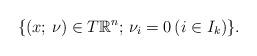
LaTeX: \begin{align*}\{(x;\,\nu) \in T\mathbb{R}^n;\, \nu_i = 0\, (i \in I_k)\}.\end{align*}